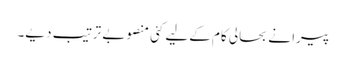
پیرا نے بحالی کام کےلیے کئی منصوبے ترتیب دیے۔